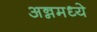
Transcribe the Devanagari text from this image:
अन्नमध्ये